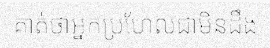
គាត់ថាអ្នកប្រហែលជាមិនដឹង